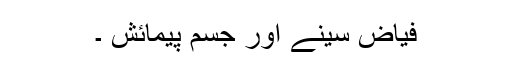
فیاض سینے اور جسم پیمائش ۔